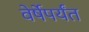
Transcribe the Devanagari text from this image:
वेर्षेपर्यंत